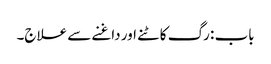
باب : رگ کاٹنے اور داغنے سے علاج۔